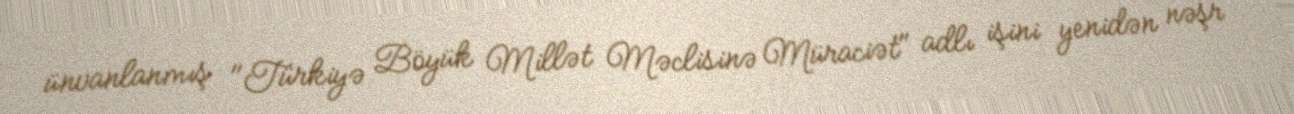
ünvanlanmış "Türkiyə Böyük Millət Məclisinə Müraciət" adlı işini yenidən nəşr